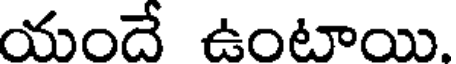
యందే ఉంటాయి.